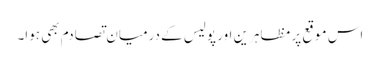
اس موقع پر مظاہرین اور پولیس کے درمیان تصادم بھی ہوا۔